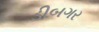
ડીબગર